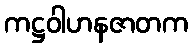
ကဋ္ဌဝါဟနဇာတက